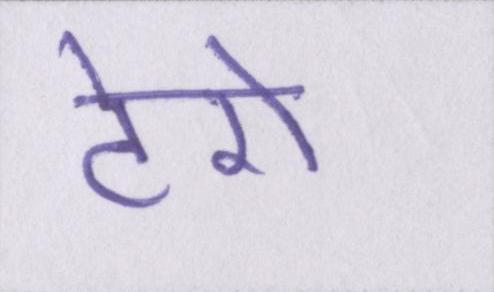
टेरो